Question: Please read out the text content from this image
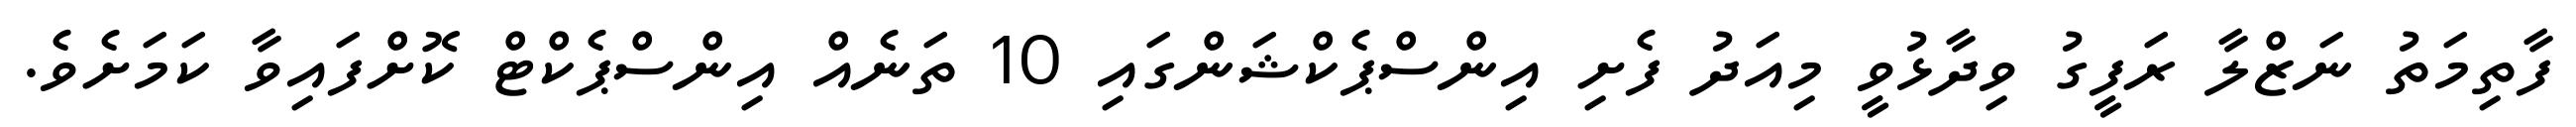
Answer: ފާތިމަތު ނަޒްލާ ރަފީގު ވިދާޅުވީ މިއަދު ފެށި އިންސްޕެކްޝަންގައި 10 ތަނެއް އިންސްޕެކްޓް ކޮށްފައިވާ ކަމަށެވެ.